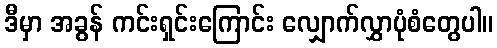
ဒီမှာ အခွန် ကင်းရှင်းကြောင်း လျှောက်လွှာပုံစံတွေပါ။